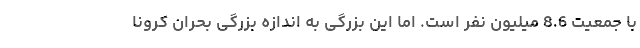
با جمعیت 8.6 میلیون نفر است. اما این بزرگی به اندازه بزرگی بحران کرونا